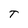
Character: T